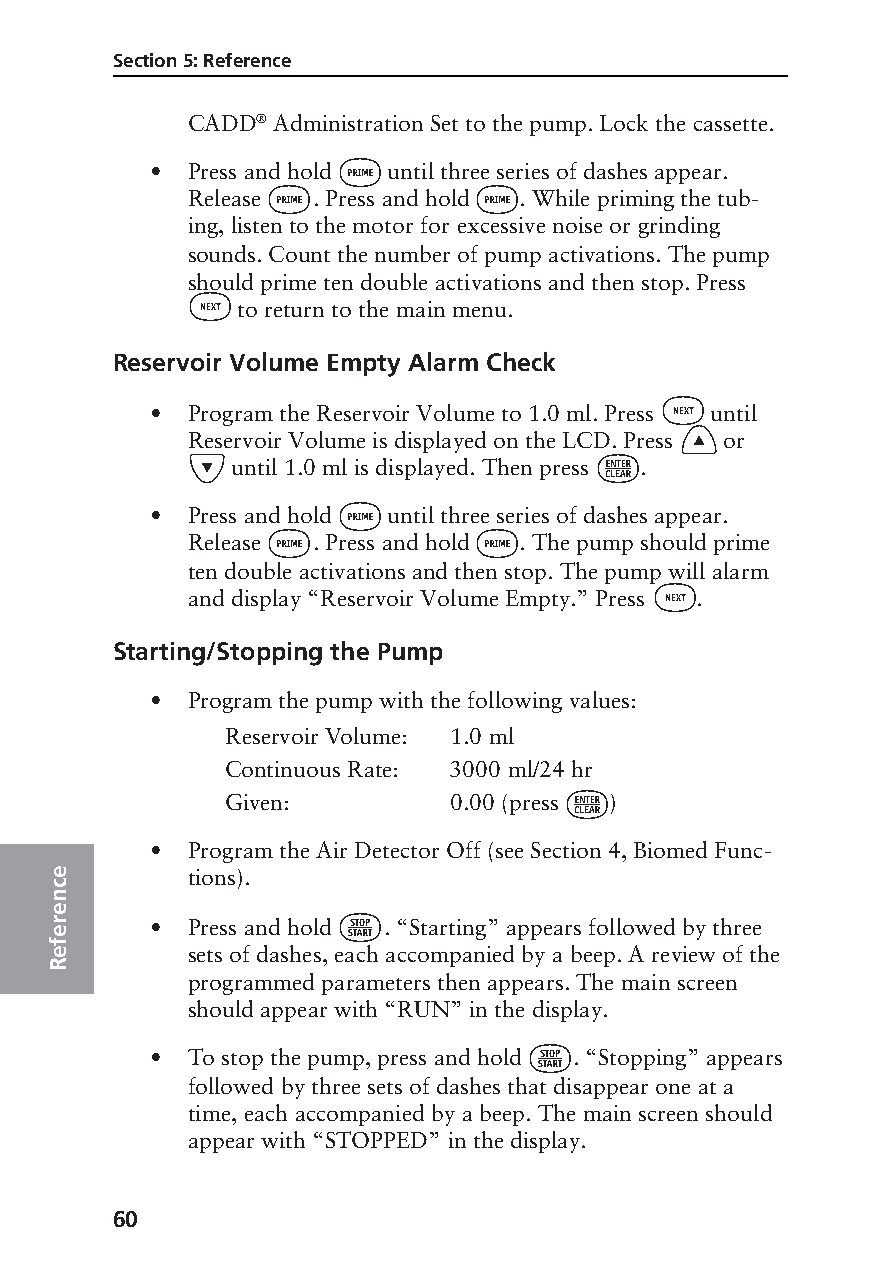
Section 5: Reference
 CADD® Administration Set to the pump. Lock the cassette.
 ‹
 • Press and hold until three series of dashes appear.
 ‹            ‹
 Release  . Press and hold . While priming the tub-
 ing, listen to the motor for excessive noise or grinding
 sounds. Count the number of pump activations. The pump
 should prime ten double activations and then stop. Press
 „
 to return to the main menu.
 Reservoir Volume Empty Alarm Check
 „
 • Program the Reservoir Volume to 1.0 ml. Press until
 ´
 Reservoir Volume is displayed on the LCD. Press or
 Î                          ¤
 until 1.0 ml is displayed. Then press .
 ‹
 • Press and hold until three series of dashes appear.
 ‹            ‹
 Release  . Press and hold . The pump should prime
 ten double activations and then stop. The pump will alarm
 „
 and display “Reservoir Volume Empty.” Press .
 Starting/Stopping the Pump
 • Program the pump with the following values:
 Reservoir Volume: 1.0 ml
 Continuous Rate: 3000 ml/24 hr
 ¤
 Given:         0.00 (press )
 • Program the Air Detector Off (see Section 4, Biomed Func-
 e        tions).
 c
 n
 e                  ⁄
 er     • Press and hold . “Starting” appears followed by three
 f
 e        sets of dashes, each accompanied by a beep. A review of the
 R
 programmed parameters then appears. The main screen
 should appear with “RUN” in the display.
 ⁄
 • To stop the pump, press and hold . “Stopping” appears
 followed by three sets of dashes that disappear one at a
 time, each accompanied by a beep. The main screen should
 appear with “STOPPED” in the display.
 60
 PROOF (LR #3086), 2000-03-16 «3935-51D Manual, Legacy 1»